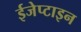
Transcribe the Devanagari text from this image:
ईजेप्टाइन